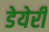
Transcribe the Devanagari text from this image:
डेयेरी